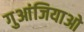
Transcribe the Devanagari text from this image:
गुआंजियाओ